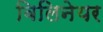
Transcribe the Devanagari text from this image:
बिलिनेयर